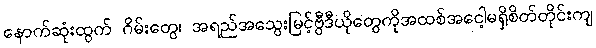
နောက်ဆုံးထွက် ဂိမ်းတွေ၊ အရည်အသွေးမြင့်ဗွီဒီယိုတွေကိုအထစ်အငေါ့မရှိစိတ်တိုင်းကျ